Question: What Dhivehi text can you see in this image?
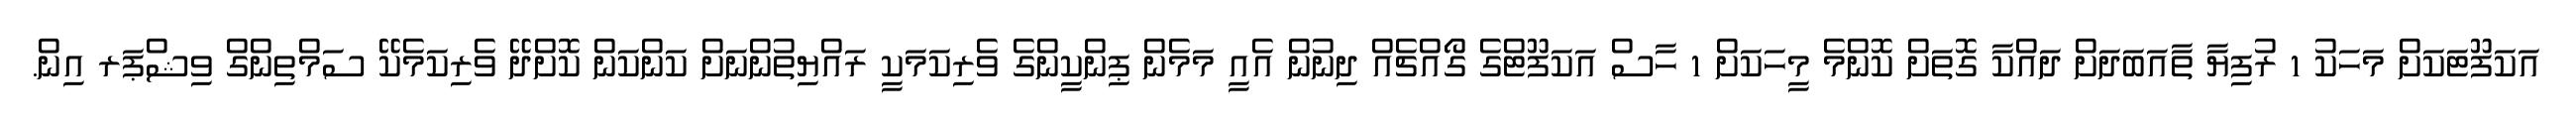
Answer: އަކަފޫޓަކަށް މަހަކު 1 ރުފިޔާ ތާއަބަދަށް ދައްކާ ގޮތަށް ކޮންމެ މީހަކަށް 1 ހާސް އަކަފޫޓްގެ ގޯއްޗެއް ދިނުން އެއީ މަމެން ޕިންކީންގެ ވެރިކަމަކީ ރައްޔިތުންނަށް ކަންކަން ކޮށްދޭ ވެރިކަމެކޭ ސަމްތިންގް ވިޝްޕަރ އިން.